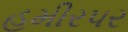
હમીરપર